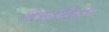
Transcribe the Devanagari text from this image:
विभागीकरण